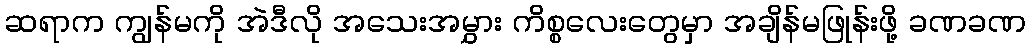
ဆရာက ကျွန်မကို အဲဒီလို အသေးအမွှား ကိစ္စလေးတွေမှာ အချိန်မဖြုန်းဖို့ ခဏခဏ